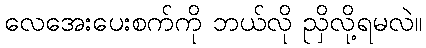
လေအေးပေးစက်ကို ဘယ်လို ညှိလို့ရမလဲ။